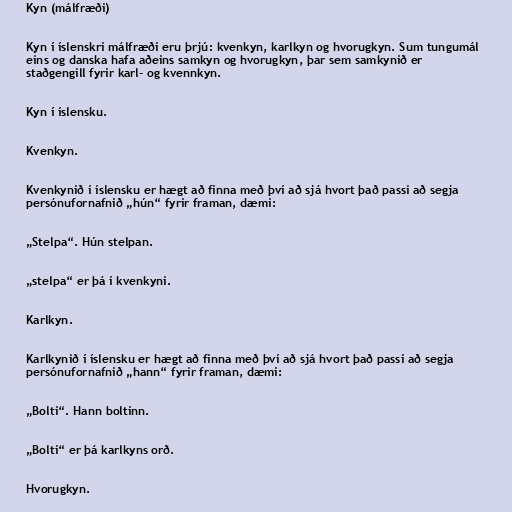
Kyn (málfræði)

Kyn í íslenskri málfræði eru þrjú: kvenkyn, karlkyn og hvorugkyn. Sum tungumál
eins og danska hafa aðeins samkyn og hvorugkyn, þar sem samkynið er
staðgengill fyrir karl- og kvennkyn.

Kyn í íslensku.

Kvenkyn.

Kvenkynið í íslensku er hægt að finna með því að sjá hvort það passi að segja
persónufornafnið „hún“ fyrir framan, dæmi:

„Stelpa“. Hún stelpan.

„stelpa“ er þá í kvenkyni.

Karlkyn.

Karlkynið í íslensku er hægt að finna með því að sjá hvort það passi að segja
persónufornafnið „hann“ fyrir framan, dæmi:

„Bolti“. Hann boltinn.

„Bolti“ er þá karlkyns orð.

Hvorugkyn.